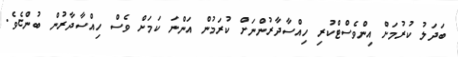
ބަދަލު ކުރުމަށް އިންވެސްޓްކުރި ހިއްސާދާރުންނަށް ކުރަމުން އަންނަ ކަމަށް ވެސް ހިއްސާދާރުން ބުންޏެވެ.